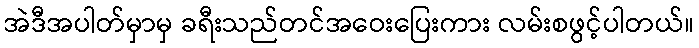
အဲဒီအပါတ်မှာမှ ခရီးသည်တင်အဝေးပြေးကား လမ်းစဖွင့်ပါတယ်။